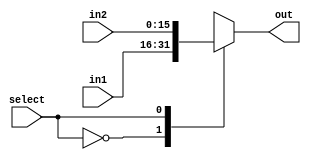
module mux5(in1,in2,out, select);
	input[15:0] in1, in2;
	input select;
	output reg [15:0] out;
	always@(*)
	begin
		case(select)
			0: out = in1;
			1: out = in2;
		endcase
	end
endmodule